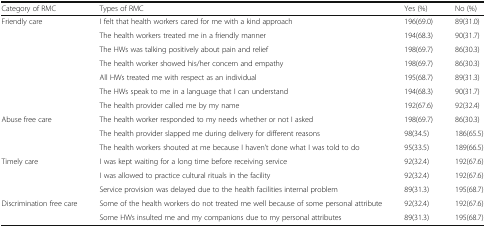
| Category of RMC | Types of RMC | Yes (%) | No (%) |
 | --- | --- | --- | --- |
 | Friendly care | I felt that health workers cared for me with a kind approach | 196(69.0) | 89(31.0) |
 |  | The health workers treated me in a friendly manner | 194(68.3) | 90(31.7) |
 |  | The HWs was talking positively about pain and relief | 198(69.7) | 86(30.3) |
 |  | The health worker showed his/her concern and empathy | 198(69.7) | 86(30.3) |
 |  | All HWs treated me with respect as an individual | 195(68.7) | 89(31.3) |
 |  | The HWs speak to me in a language that I can understand | 194(68.3) | 90(31.7) |
 |  | The health provider called me by my name | 192(67.6) | 92(32.4) |
 | Abuse free care | The health worker responded to my needs whether or not I asked | 198(69.7) | 86(30.3) |
 |  | The health provider slapped me during delivery for different reasons | 98(34.5) | 186(65.5) |
 |  | The health workers shouted at me because I haven’t done what I was told to do | 95(33.5) | 189(66.5) |
 | Timely care | I was kept waiting for a long time before receiving service | 92(32.4) | 192(67.6) |
 |  | I was allowed to practice cultural rituals in the facility | 92(32.4) | 192(67.6) |
 |  | Service provision was delayed due to the health facilities internal problem | 89(31.3) | 195(68.7) |
 | Discrimination free care | Some of the health workers do not treated me well because of some personal attribute | 92(32.4) | 192(67.6) |
 |  | Some HWs insulted me and my companions due to my personal attributes | 89(31.3) | 195(68.7) |